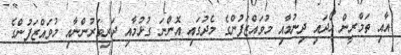
އާއި ތަމްރީން ހޯދައި ދިނުމާއި މުވައްޒަފުންގެ މެދުގައި އޮންނަ ގުޅުމާއި ދަރިވަރުންނާއި މުވައްޒަފުންގެ